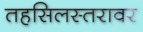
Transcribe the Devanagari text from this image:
तहसिलस्तरावर